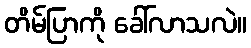
တိမ်ပြာကို ခေါ်လာသလဲ။